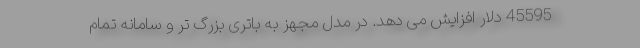
45595 دلار افزایش می دهد. در مدل مجهز به باتری بزرگ تر و سامانه تمام